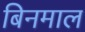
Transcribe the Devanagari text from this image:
बिनमाल